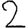
Digit: 2